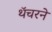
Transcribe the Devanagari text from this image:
थॅचरने